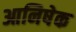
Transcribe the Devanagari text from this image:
आनिषेक